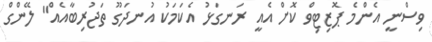
ވިސްނީ އެންމެ ޕޮޒިޓިވް ކޮށް އެއީ ރަނގަޅު އެކަމަކު އުނދަގޫ ތަޖުރިބާއެއް" ލޭންގް